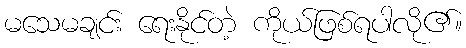
မသေမချင်း ရေးနိုင်တဲ့ ကိုယ်ဖြစ်ရပါလို၏။